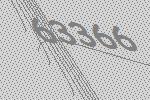
63366